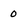
Character: 0